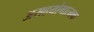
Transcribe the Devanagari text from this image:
असहयोगात्मक